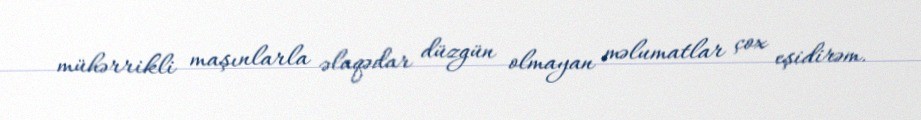
mühərrikli maşınlarla əlaqədar düzgün olmayan məlumatlar çox eşidirəm.